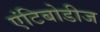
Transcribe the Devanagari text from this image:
एंटिबोडीज